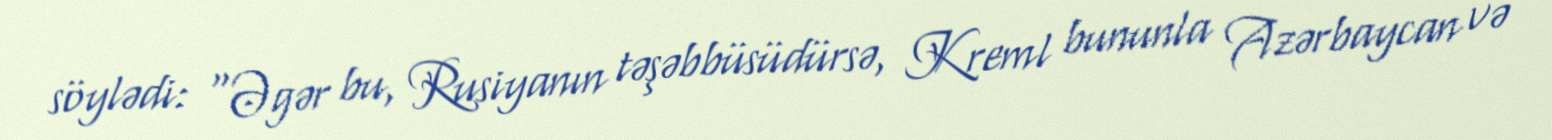
söylədi: “Əgər bu, Rusiyanın təşəbbüsüdürsə, Kreml bununla Azərbaycan və